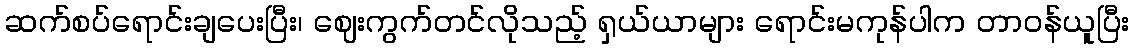
ဆက်စပ်ရောင်းချပေးပြီး၊ ဈေးကွက်တင်လိုသည့် ရှယ်ယာများ ရောင်းမကုန်ပါက တာ၀န်ယူပြီး